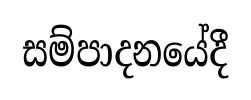
සම්පාදනයේදී